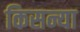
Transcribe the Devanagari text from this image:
किसन्या